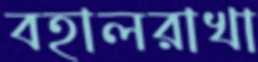
বহালরাখা